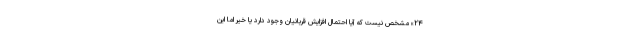
۲۴» مشخص نیست که آیا احتمال افزایش قربانیان وجود دارد یا خیر اما این